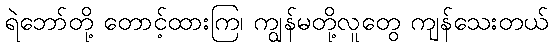
ရဲဘော်တို့ တောင့်ထားကြ၊ ကျွန်မတို့လူတွေ ကျန်သေးတယ်